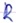
Text: R